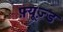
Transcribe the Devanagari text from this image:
फ़्यूज़्ड